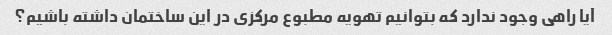
آیا راهی وجود ندارد که بتوانیم تهویه مطبوع مرکزی در این ساختمان داشته باشیم؟